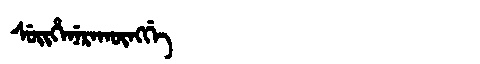
Manchu: ᠰᡠᡳᡥᡝᠨᡝᡵᠠᡴᡡᠩᡤᡝ
Romanization: SUIHENERAKŪNGGE